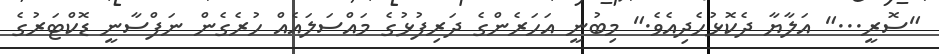
"ސޮރީ..." އަލާޔާ ދެކޮޅުހެދިއެވެ." މިބުނީ އަހަރެންގެ ދަރިފުޅުގެ މައްސަލައެއް ހުރެގެން ނަފްސާނީ ޑޮކްޓަރުގެ